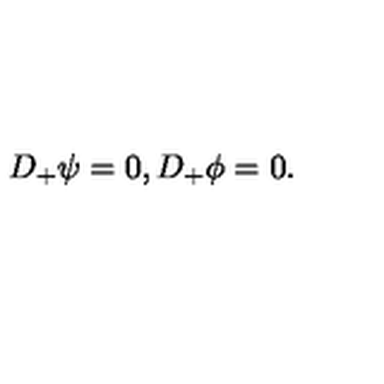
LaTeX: D _ { + } \psi = 0 , D _ { + } \phi = 0 .